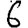
Digit: 6